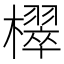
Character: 𣝦